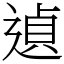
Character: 遉